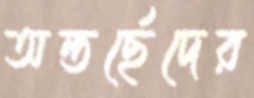
অন্তর্ছেদের